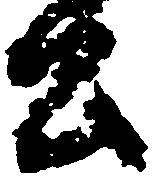
公